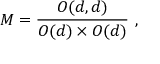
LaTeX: { \cal M } = { \frac { O ( d , d ) } { O ( d ) \times O ( d ) } } \ ,